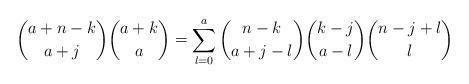
LaTeX: \begin{align*}\binom{a+n-k}{a+j}\binom{a+k}{a}=\sum_{l=0}^{a}\binom{n-k}{a+j-l}\binom{k-j}{a-l}\binom{n-j+l}{l}\end{align*}